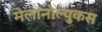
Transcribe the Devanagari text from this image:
मेलानोल्युकस